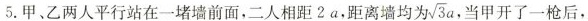
5.甲、乙两人平行站在一堵墙前面，二人相距2a，距离墙均为/ \sqrt{3}a 当甲开了一枪后，